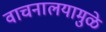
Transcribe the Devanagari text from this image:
वाचनालयामुळे